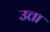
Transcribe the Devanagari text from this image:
उत्ता